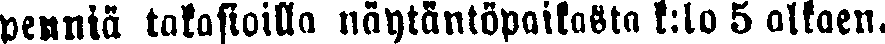
penniä takasioilla näytäntöpaikasta k:lo 5 alkaen.